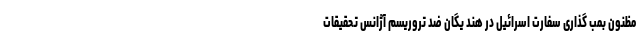
مظنون بمب گذاری سفارت اسرائیل در هند یگان ضد تروریسم آژانس تحقیقات